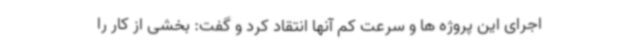
اجرای این پروژه ها و سرعت کم آنها انتقاد کرد و گفت: بخشی از کار را